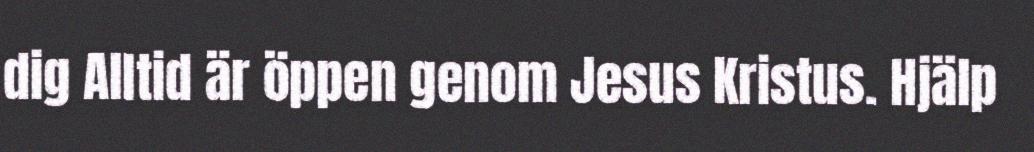
dig Alltid är öppen genom Jesus Kristus. Hjälp